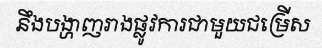
នឹងបង្ហាញរាងផ្លូវការជាមួយជម្រើស